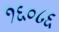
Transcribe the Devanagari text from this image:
१६०८६